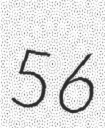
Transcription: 56